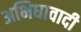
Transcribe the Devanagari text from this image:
अभिघावादी